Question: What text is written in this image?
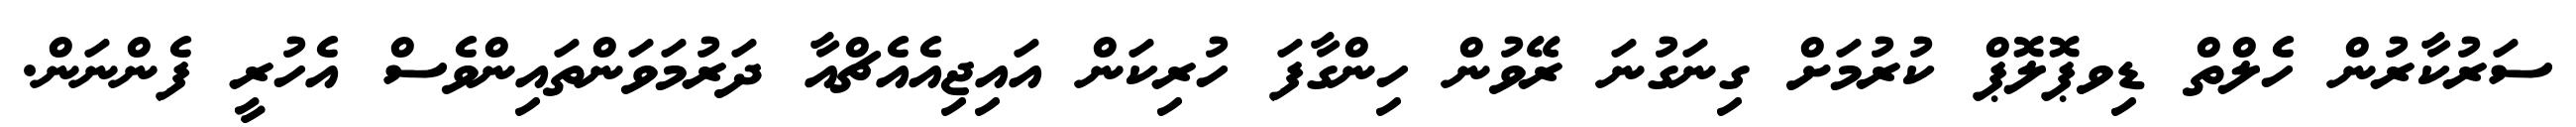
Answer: ސަރުކާރުން ހެލްތް ޑިވޕޮލޮޕް ކުރުމަށް ގިނަގުނަ ރޭވުން ހިންގާފަ ހުރިކަން އައިޖިއެއެޗްއާ ދަރުމަވަންތައިންވެސް އެހުރީ ފެންނަން.